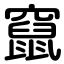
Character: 竄